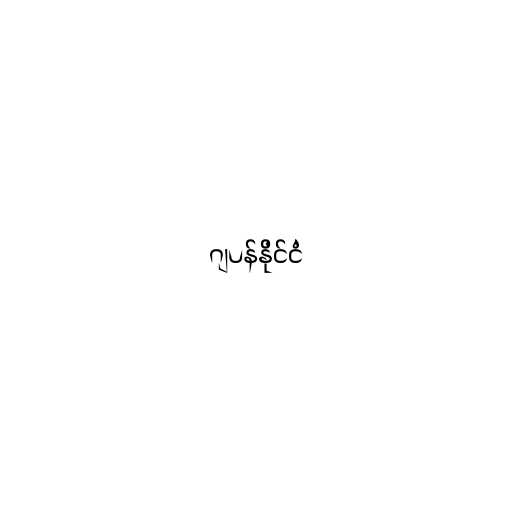
ဂျပန်နိုင်ငံ